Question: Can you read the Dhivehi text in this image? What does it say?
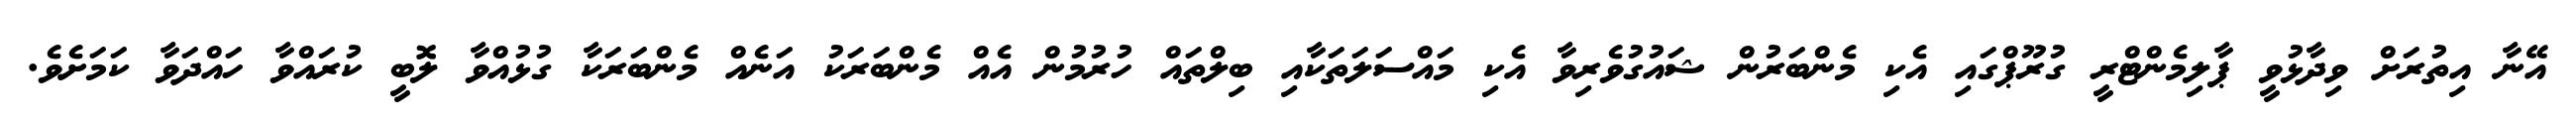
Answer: އޭނާ އިތުރަށް ވިދާޅުވީ ޕާލިމެންޓްރީ ގުރޫޕްގައި އެކި މެންބަރުން ޝައުގުވެރިވާ އެކި މައްސަލަތަކާއި ބިލްތައް ހުރުމުން އެއް މެންބަރަކު އަނެއް މެންބަރަކާ ގުޅުއްވާ ލޮބީ ކުރައްވާ ހައްދަވާ ކަމަށެވެ.